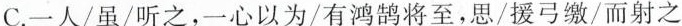
C.一人/虽/听之，一心以为/有鸿鹄将至，思/援弓缴/而射之